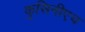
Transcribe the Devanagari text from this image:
कुसिनीएच